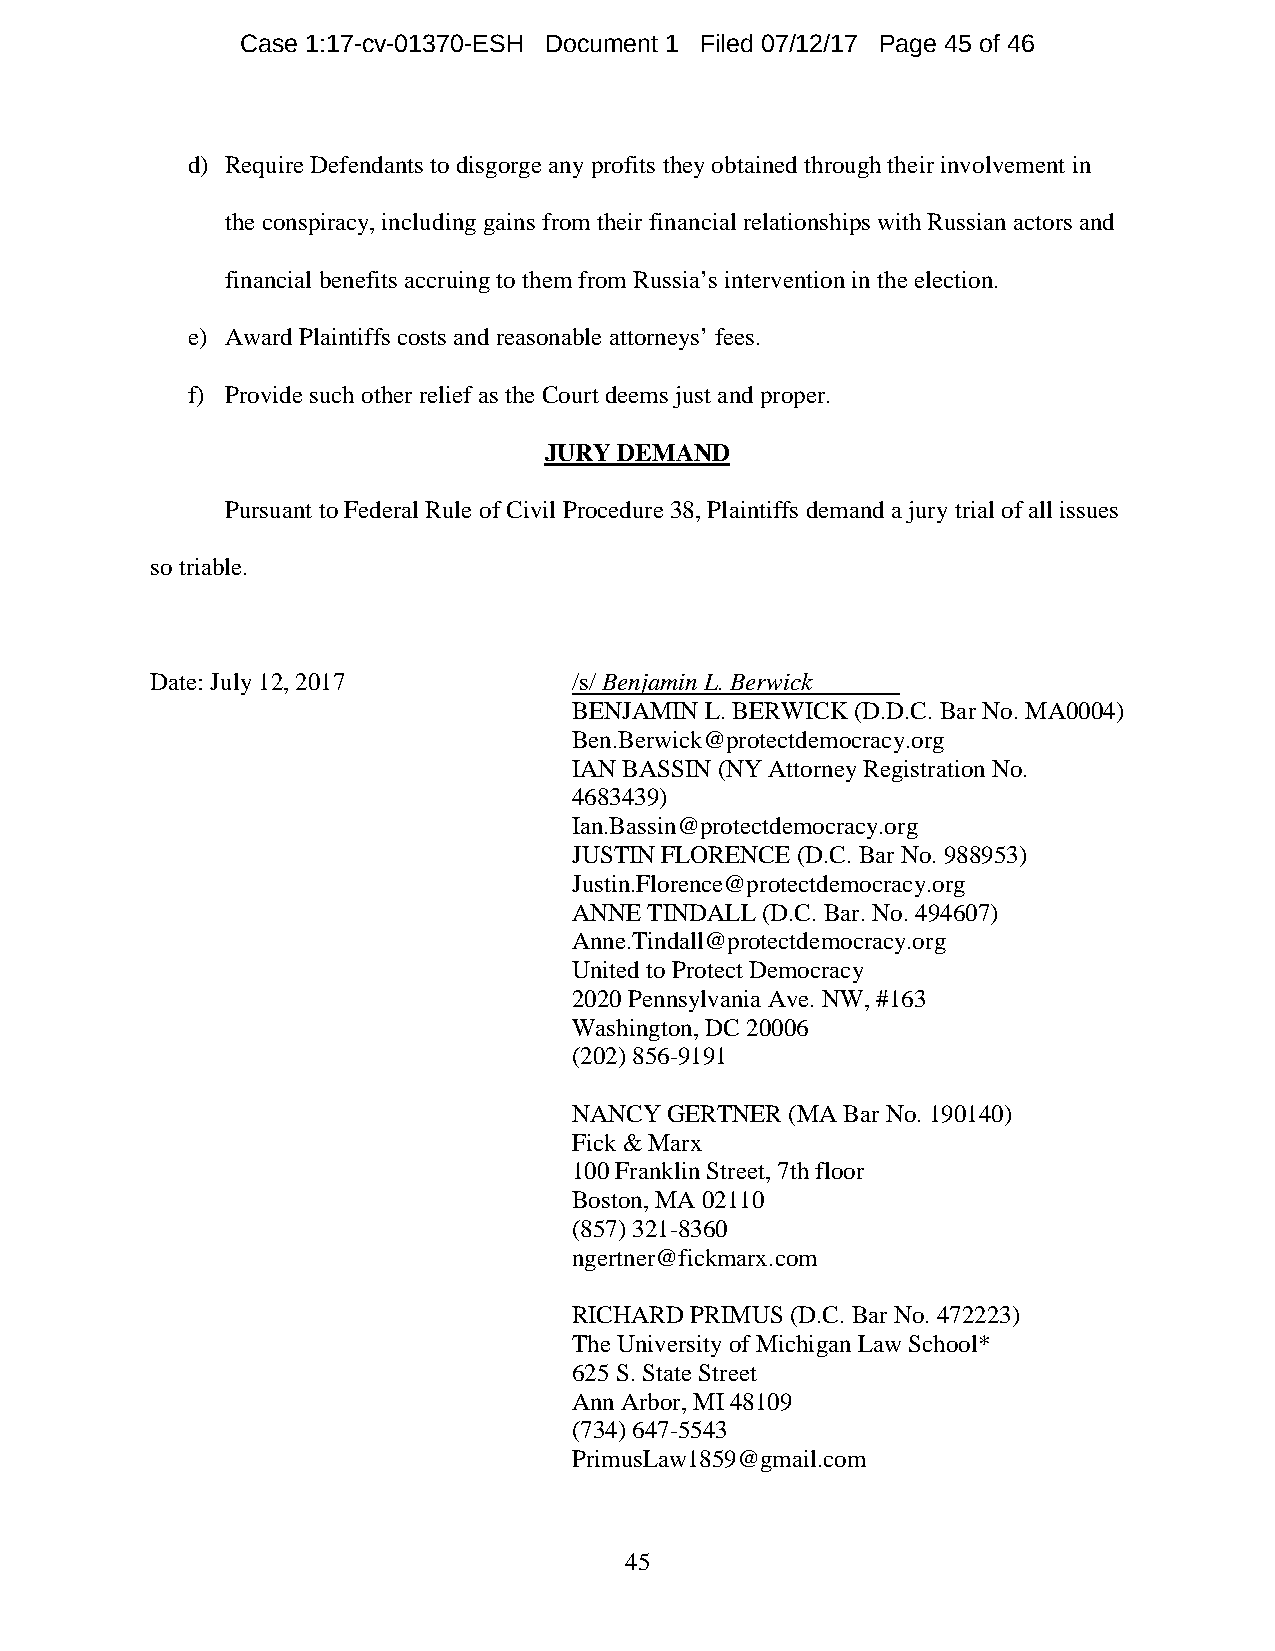
Case 1:17-cv-01370-ESH Document 1 Filed 07/12/17 Page 45 of 46
 d) Require Defendants to disgorge any profits they obtained through their involvement in
 the conspiracy, including gains from their financial relationships with Russian actors and
 financial benefits accruing to them from Russia’s intervention in the election.
 e) Award Plaintiffs costs and reasonable attorneys’ fees.
 f) Provide such other relief as the Court deems just and proper.
 JURY DEMAND
 Pursuant to Federal Rule of Civil Procedure 38, Plaintiffs demand a jury trial of all issues
 so triable.
 Date: July 12, 2017         /s/ Benjamin L. Berwick
 BENJAMIN L. BERWICK (D.D.C. Bar No. MA0004)
 Ben.Berwick@protectdemocracy.org
 IAN BASSIN (NY Attorney Registration No.
 4683439)
 Ian.Bassin@protectdemocracy.org
 JUSTIN FLORENCE (D.C. Bar No. 988953)
 Justin.Florence@protectdemocracy.org
 ANNE TINDALL (D.C. Bar. No. 494607)
 Anne.Tindall@protectdemocracy.org
 United to Protect Democracy
 2020 Pennsylvania Ave. NW, #163
 Washington, DC 20006
 (202) 856-9191
 NANCY GERTNER (MA Bar No. 190140)
 Fick & Marx
 100 Franklin Street, 7th floor
 Boston, MA 02110
 (857) 321-8360
 ngertner@fickmarx.com
 RICHARD PRIMUS (D.C. Bar No. 472223)
 The University of Michigan Law School*
 625 S. State Street
 Ann Arbor, MI 48109
 (734) 647-5543
 PrimusLaw1859@gmail.com
 45